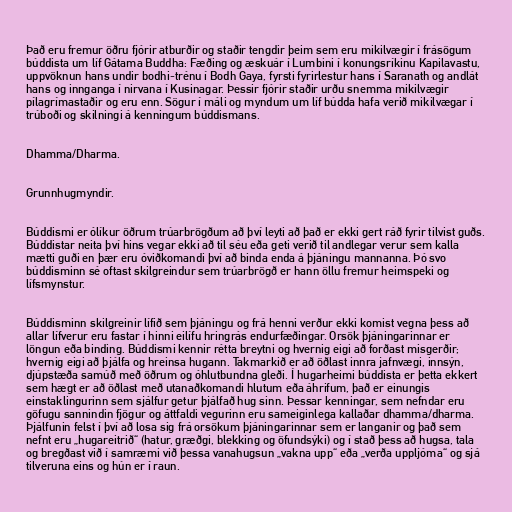
Það eru fremur öðru fjórir atburðir og staðir tengdir þeim sem eru mikilvægir í frásögum
búddista um líf Gátama Buddha: Fæðing og æskuár í Lumbini í konungsríkinu Kapilavastu,
uppvöknun hans undir bodhi-trénu í Bodh Gaya, fyrsti fyrirlestur hans í Saranath og andlát
hans og innganga í nirvana í Kusinagar. Þessir fjórir staðir urðu snemma mikilvægir
pílagrímastaðir og eru enn. Sögur í máli og myndum um líf búdda hafa verið mikilvægar í
trúboði og skilningi á kenningum búddismans.

Dhamma/Dharma.

Grunnhugmyndir.

Búddismi er ólíkur öðrum trúarbrögðum að því leyti að það er ekki gert ráð fyrir tilvist guðs.
Búddistar neita því hins vegar ekki að til séu eða geti verið til andlegar verur sem kalla
mætti guði en þær eru óviðkomandi því að binda enda á þjáningu mannanna. Þó svo
búddisminn sé oftast skilgreindur sem trúarbrögð er hann öllu fremur heimspeki og
lífsmynstur.

Búddisminn skilgreinir lífið sem þjáningu og frá henni verður ekki komist vegna þess að
allar lífverur eru fastar í hinni eilífu hringrás endurfæðingar. Orsök þjáningarinnar er
löngun eða binding. Búddismi kennir rétta breytni og hvernig eigi að forðast misgerðir;
hvernig eigi að þjálfa og hreinsa hugann. Takmarkið er að öðlast innra jafnvægi, innsýn,
djúpstæða samúð með öðrum og óhlutbundna gleði. Í hugarheimi búddista er þetta ekkert
sem hægt er að öðlast með utanaðkomandi hlutum eða áhrifum, það er einungis
einstaklingurinn sem sjálfur getur þjálfað hug sinn. Þessar kenningar, sem nefndar eru
göfugu sannindin fjögur og áttfaldi vegurinn eru sameiginlega kallaðar dhamma/dharma.
Þjálfunin felst í því að losa sig frá orsökum þjáningarinnar sem er langanir og það sem
nefnt eru „hugareitrið“ (hatur, græðgi, blekking og öfundsýki) og í stað þess að hugsa, tala
og bregðast við í samræmi við þessa vanahugsun „vakna upp“ eða „verða uppljóma“ og sjá
tilveruna eins og hún er í raun.